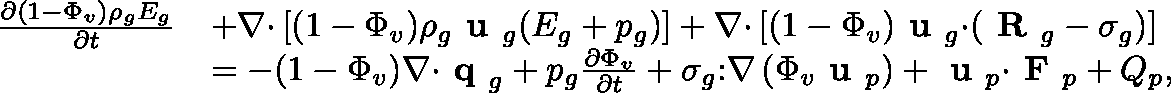
\begin{array} { r l } { \frac { \partial ( 1 - \Phi _ { v } ) \rho _ { g } E _ { g } } { \partial t } } & { + \nabla \mathbf { \cdot } \left[ ( 1 - \Phi _ { v } ) \rho _ { g } \textbf { u } _ { g } ( E _ { g } + p _ { g } ) \right] + \nabla \mathbf { \cdot } \left[ ( 1 - \Phi _ { v } ) \textbf { u } _ { g } \mathbf { \cdot } ( \textbf { R } _ { g } - \mathbf { \sigma } _ { g } ) \right] } \\ & { = - ( 1 - \Phi _ { v } ) \nabla \mathbf { \cdot } \textbf { q } _ { g } + p _ { g } \frac { \partial \Phi _ { v } } { \partial t } + \mathbf { \sigma } _ { g } \mathbf { : } \nabla \left( \Phi _ { v } \textbf { u } _ { p } \right) + \textbf { u } _ { p } \mathbf { \cdot } \textbf { F } _ { p } + Q _ { p } , } \end{array}